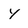
Character: y